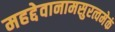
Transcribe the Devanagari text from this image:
महद्देवानामसुरत्वमेकं